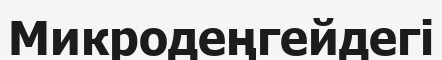
Микродеңгейдегі